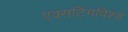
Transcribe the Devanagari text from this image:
एक्सटिंगविश्ड